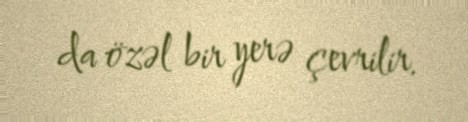
da özəl bir yerə çevrilir.